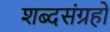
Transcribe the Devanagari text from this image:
शब्दसंग्रहों